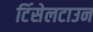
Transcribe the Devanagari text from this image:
टिंसेलटाउन